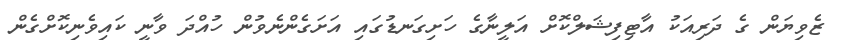
ޒެވިޔަން ގެ ދަރިއަކު އާޓިފިޝަލްކޮށް އަލީނާގެ ހަށިގަނޑުގައި އަށަގެންނެވުން ހުއްދަ ވާނީ ކައިވެނިކޮށްގެން